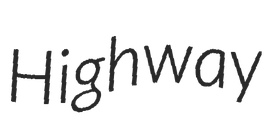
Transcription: Highway